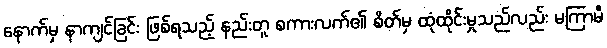
နောက်မှ နာကျင်ခြင်း ဖြစ်ရသည့် နည်းတူ စကားလက်၏ စိတ်မှ ထုံထိုင်းမှုသည်လည်း မကြာမီ